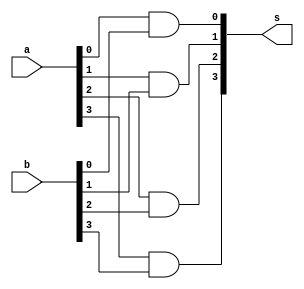
// -------------------------
// Exemplo0031 - LU
// Nome: Breno Macena Pereira de Souza
// -------------------------
// -------------------------
// LU_gate
// -------------------------
module andgate (output [3:0] s, input [3:0] a, input [3:0] b);
   and AND1 (s[0], a[0], b[0]);
   and AND2 (s[1], a[1], b[1]);
   and AND3 (s[2], a[2], b[2]);
   and AND4 (s[3], a[3], b[3]);
endmodule

module orgate (output [3:0] s, input [3:0] a, input [3:0] b);
   or OR1 (s[0], a[0], b[0]);
   or OR2 (s[1], a[1], b[1]);
   or OR3 (s[2], a[2], b[2]);
   or OR4 (s[3], a[3], b[3]);
endmodule

module test_LU;
// ------------------------- definir dados
   reg [3:0] x;
   reg [3:0] y;
   wire [3:0] z1;
   wire [3:0] z2;
   andgate modulo1 (z1, x, y);
   orgate modulo2 (z2, x, y);

// ------------------------- parte principal
initial begin
   $display("Exemplo0031 - Breno Macena - 462017");
   $display("Test LU's module");
   x = 4'b0011; y = 4'b0101;
// projetar testes do modulo
   #1 $display("%3b %3b %3b",x,y,z1);
   #1 $display("%3b %3b %3b",x,y,z2);
end
endmodule // test_LU